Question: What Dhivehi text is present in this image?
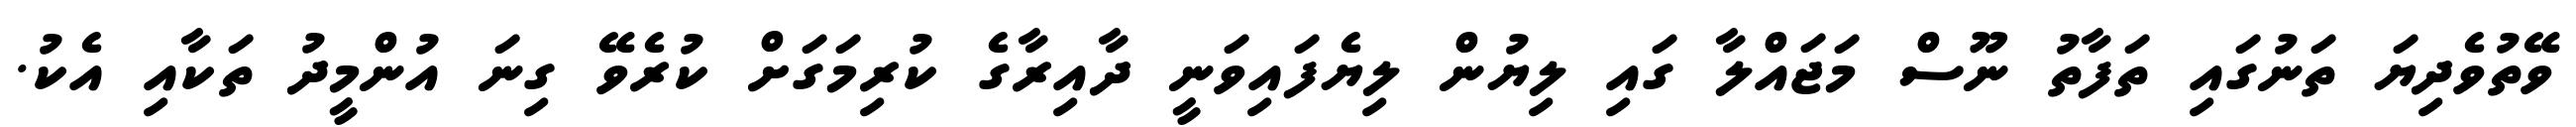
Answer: ވޭތުވެދިޔަ ތަނުގައި ތަފާތު ނޫސް މަޖައްލާ ގައި ލިޔުން ލިޔެފައިވަނީ ދާއިރާގެ ކުރިމަގަށް ކުރެވޭ ގިނަ އުންމީދު ތަކާއި އެކު.